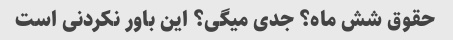
حقوق شش ماه؟ جدی میگی؟ این باور نکردنی است